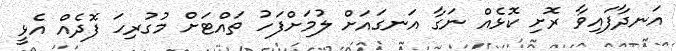
އަނދާފައިވާ ރޮށި ކޮޅެއް ނަގާ އަނގައަށް ލުމަށްފަހު ތައްޓަށް މުގުރިހަ ފޮދެއް އެޅީ